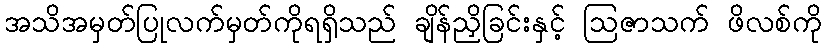
အသိအမှတ်ပြုလက်မှတ်ကိုရရှိသည် ချိန်ညှိခြင်းနှင့် ဩဇာသက် ဖိလစ်ကို